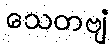
သေတဗျံ